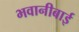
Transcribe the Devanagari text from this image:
भवानीबाई